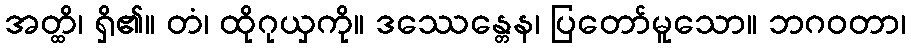
အတ္ထိ၊ ရှိ၏။ တံ၊ ထိုဂုယှကို။ ဒဿေန္တေန၊ ပြတော်မူသော။ ဘဂဝတာ၊